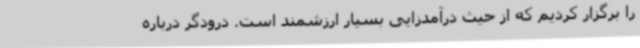
را برگزار کردیم که از حیث درآمدزایی بسیار ارزشمند است. درودگر درباره